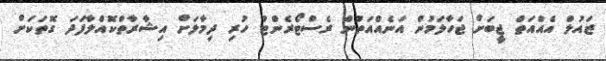
ޒައުލް އެއްއަތް ޖީބަށް ޖަހާލަމުން އަނެއްއަތުން ރެސްޓޯރެންޓު ހުރި ދިމާލަށް އިޝާރާތްކޮއްލާފަދަ ގޮތަކަށް